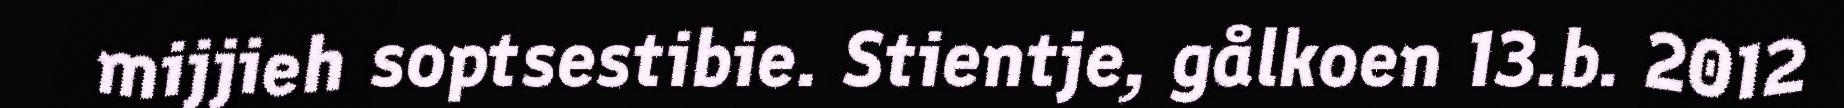
mijjieh soptsestibie. Stientje, gålkoen 13.b. 2012